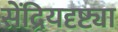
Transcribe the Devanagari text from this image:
सेंद्रियदृष्ट्या